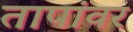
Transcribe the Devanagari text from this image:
तापांवर